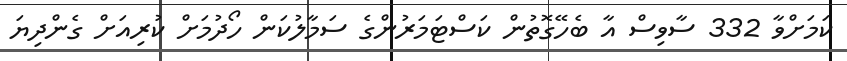
ކަމަށްވާ 332 ސާވިސް އާ ބެހޭގޮތުން ކަސްޓަމަރުންގެ ސަމާލުކަން ހޯދުމަށް ކުރިއަށް ގެންދިޔަ